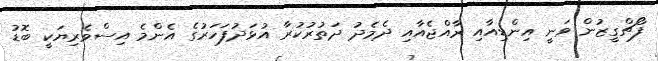
ފޯޗްގީޒުން ވަނީ އިންޑިއާއި ރާއްޖެއާއި ދެމެދު ދަތުރުކުރާ އުޅަދުފަހަރުގެ އެންމެ އިސްވެރިޔަކީ ބޮޑު